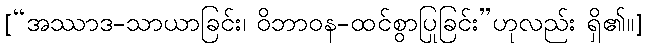
[“အဿာဒ-သာယာခြင်း၊ ဝိဘာဝန-ထင်စွာပြုခြင်း”ဟုလည်း ရှိ၏။]